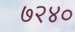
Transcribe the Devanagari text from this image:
७२४०